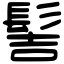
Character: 髻